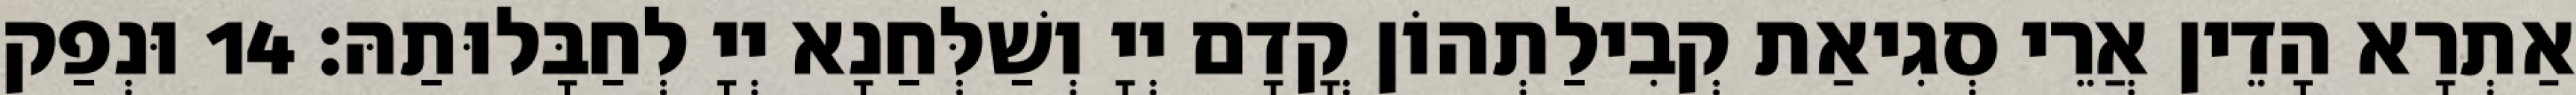
אַתְרָא הָדֵין אֲרֵי סְגִיאַת קְבִילַתְהוֹן קֳדָם יְיָ וְשַׁלְּחַנָא יְיָ לְחַבָּלוּתַהּ׃ 14 וּנְפַק